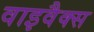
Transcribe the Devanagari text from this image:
वाइवैक्स